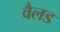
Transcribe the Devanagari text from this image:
वैलड